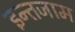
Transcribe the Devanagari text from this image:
इन्‍तजाम